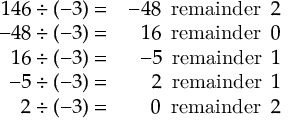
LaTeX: \begin{array} { r r } { 1 4 6 \div ( - 3 ) = } & { - 4 8 ~ \operatorname { r e m a i n d e r } ~ 2 } \\ { - 4 8 \div ( - 3 ) = } & { 1 6 ~ \operatorname { r e m a i n d e r } ~ 0 } \\ { 1 6 \div ( - 3 ) = } & { - 5 ~ \operatorname { r e m a i n d e r } ~ 1 } \\ { - 5 \div ( - 3 ) = } & { 2 ~ \operatorname { r e m a i n d e r } ~ 1 } \\ { 2 \div ( - 3 ) = } & { 0 ~ \operatorname { r e m a i n d e r } ~ 2 } \end{array}